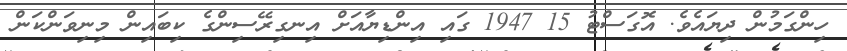
ހިންގަމުން ދިޔައެވެ. އޮގަސްޓު 15 1947 ގައި އިންޑިޔާއަށް އިނގިރޭސިންގެ ކިބައިން މިނިވަންކަން